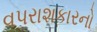
વપરાશકારનો